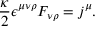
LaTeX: \frac { \kappa } { 2 } \epsilon ^ { \mu \nu \rho } F _ { \nu \rho } = j ^ { \mu } .